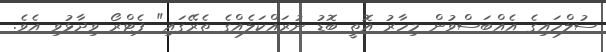
ސުލްހައިގެ އެއްބަސްވުން މިހާރު އޮތީ ބޮޑު ނުރައްކަލެއްގެ ތެރޭގައި" ޕެޓްރޯ ވިދާޅުވި އެވެ.